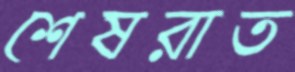
শেষরাত